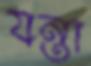
যন্তা